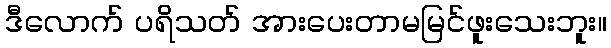
ဒီလောက် ပရိသတ် အားပေးတာမမြင်ဖူးသေးဘူး။